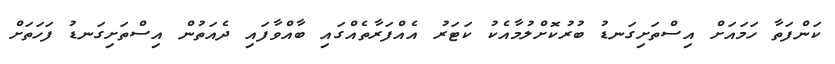
ކަންފަތާ ހަމައަށް އިސްތަށިގަނޑު ބުރުކޮށްލުމާއެކު ކަޓަރު އެއްފަރާތެއްގައި ބާއްވާފައި ދެއަތުން އިސްތަށިގަނޑު ފަހަތަށް